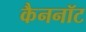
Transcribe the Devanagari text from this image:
कैननॉट